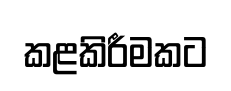
කළකිරීමකට